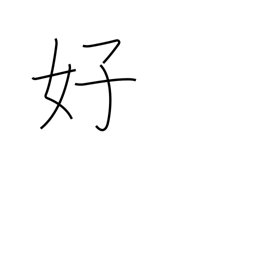
Meaning: pleasing